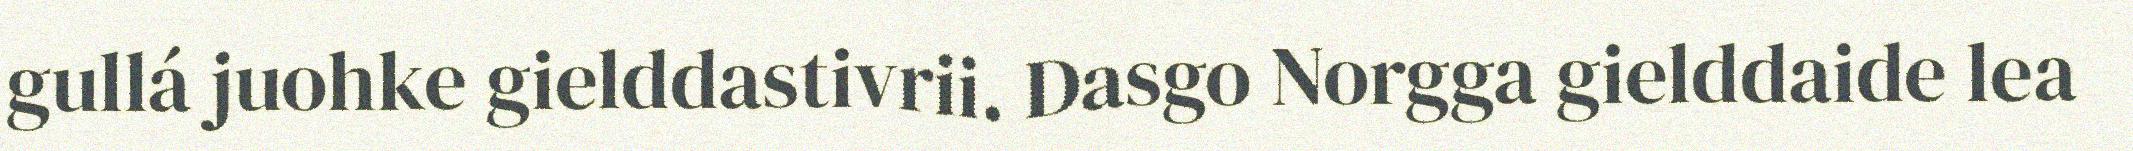
gullá juohke gielddastivrii. Dasgo Norgga gielddaide lea